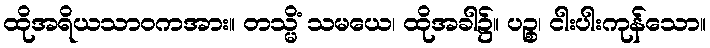
ထိုအရိယသာဝကအား။ တသ္မိံ သမယေ၊ ထိုအခါ၌။ ပဉ္စ၊ ငါးပါးကုန်သော။